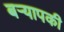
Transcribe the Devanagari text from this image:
बर्‍यापकी